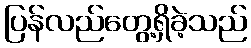
ပြန်လည်တွေ့ရှိခဲ့သည်